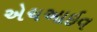
એચઆઇવ